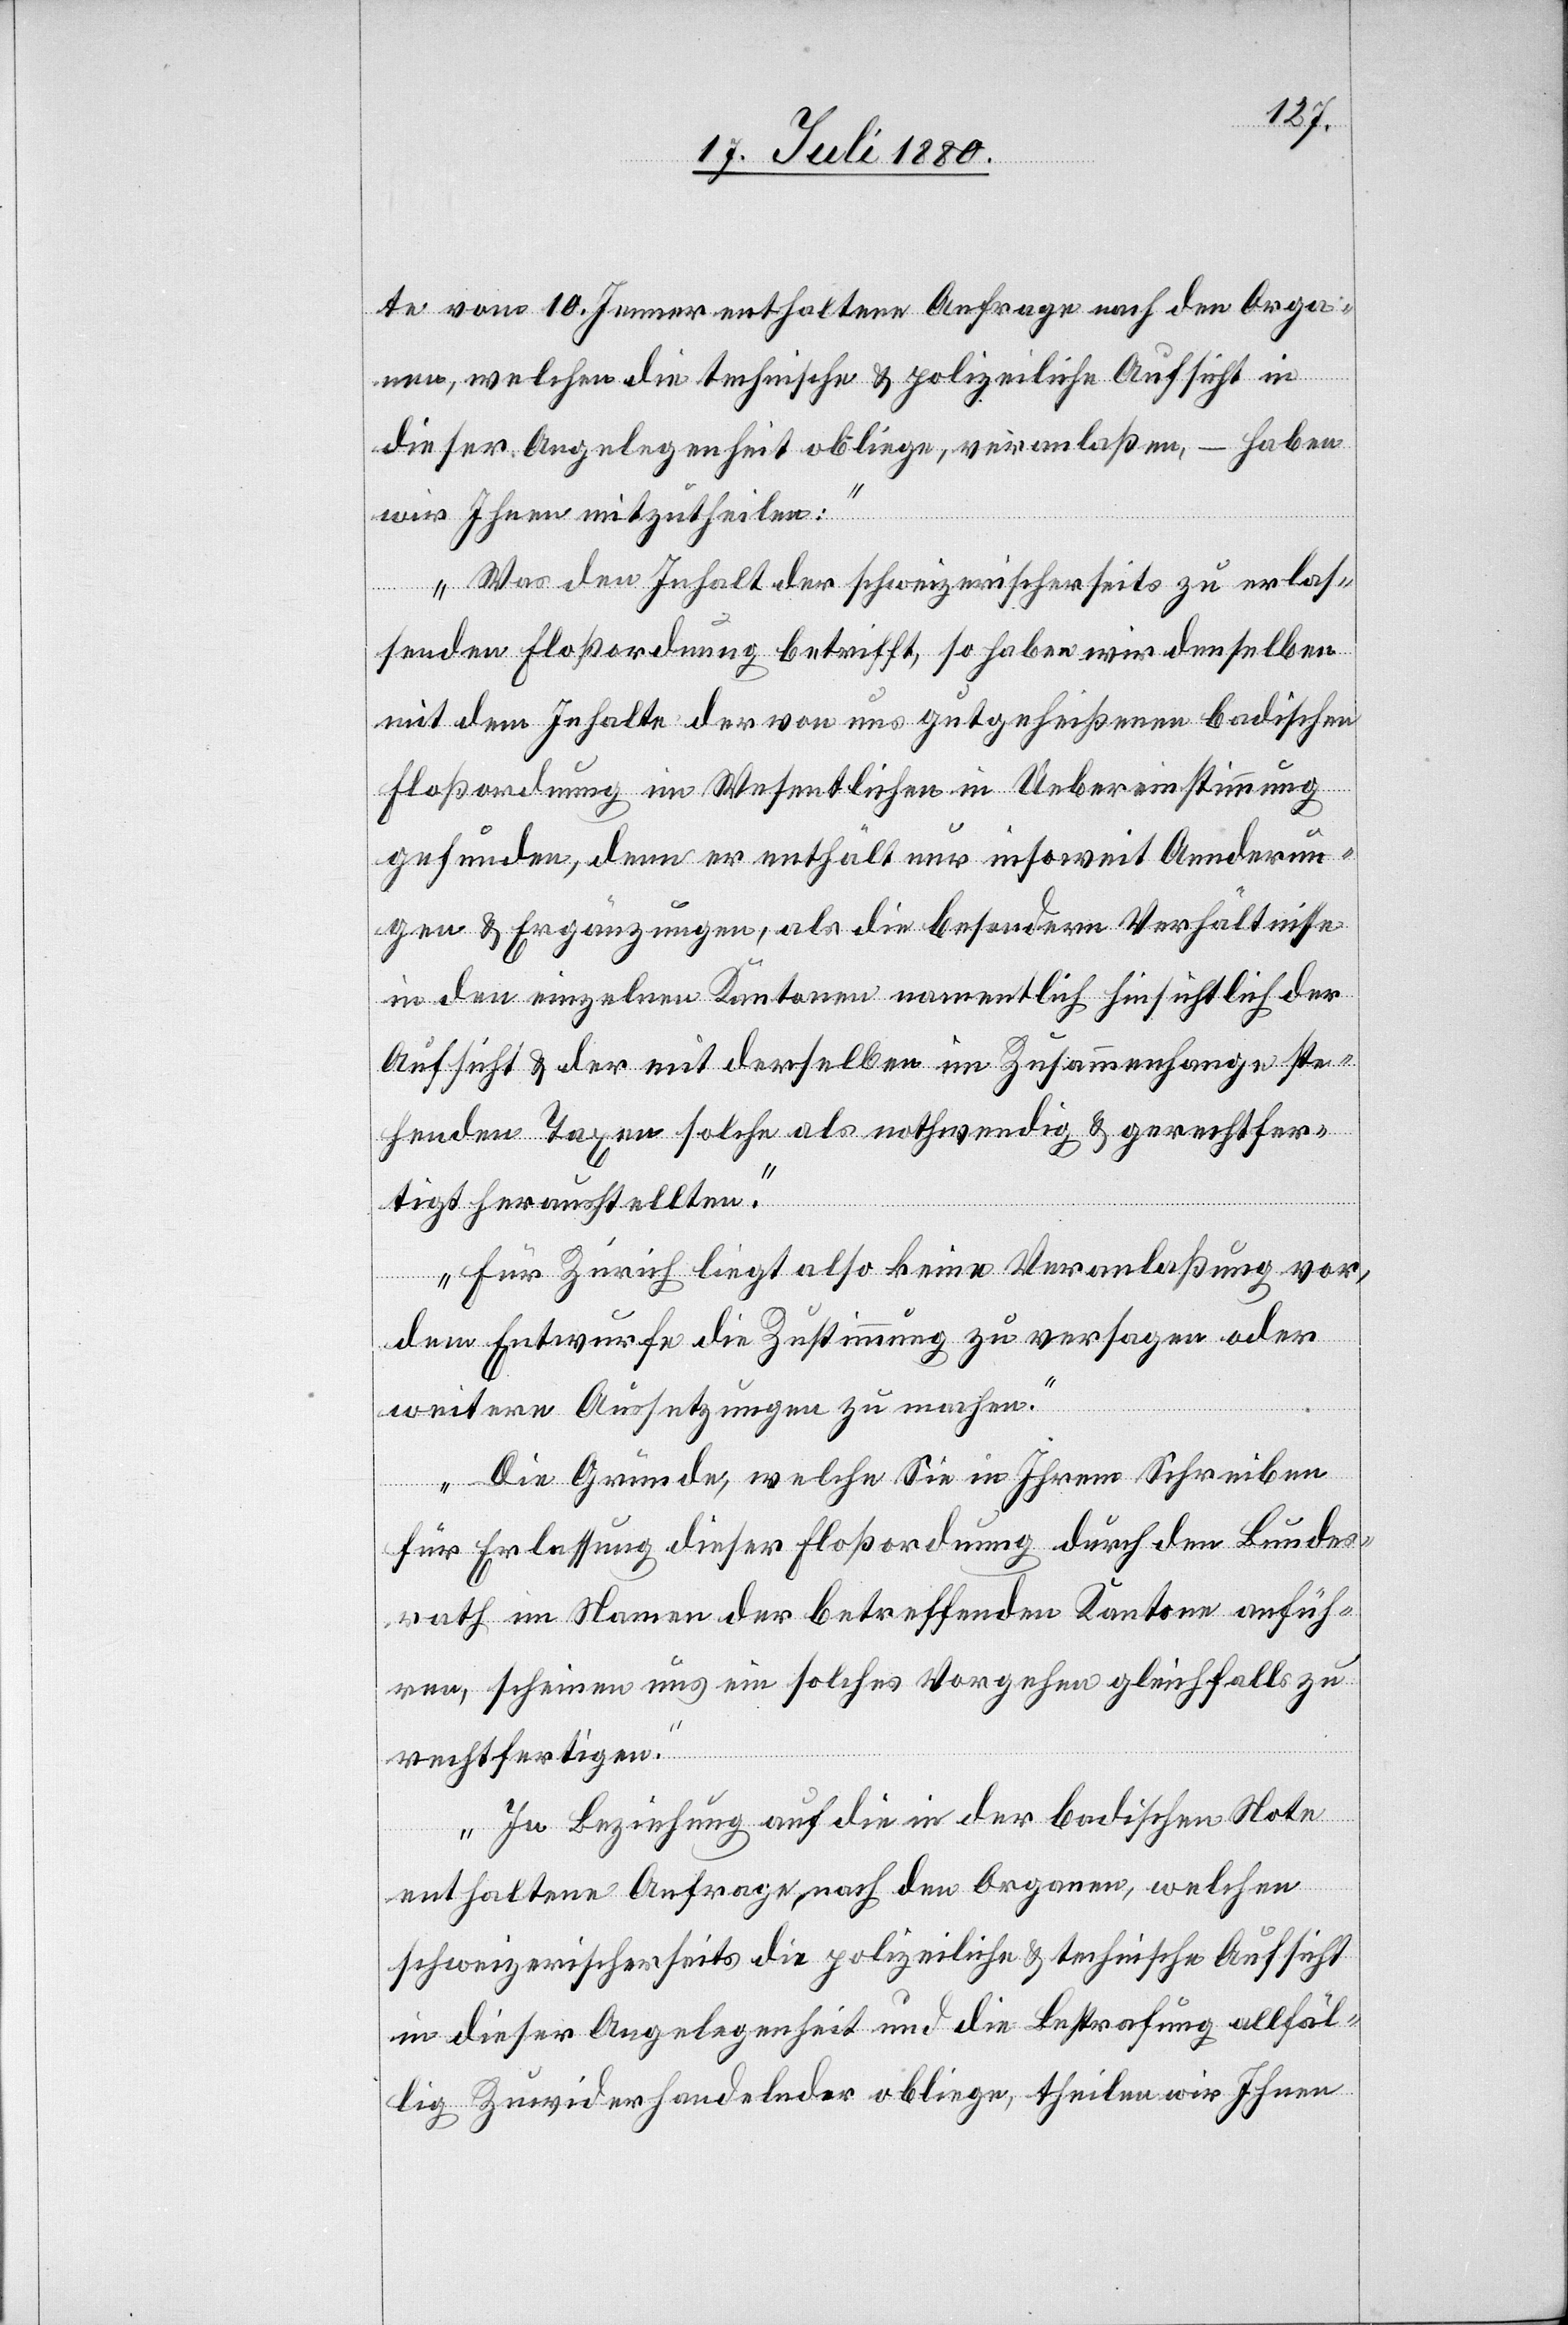
te vom 10. Jenner enthaltenen Anfrage nach den Orga¬
nen, welchen die technische & polizeiliche Aufsicht in
dieser Angelegenheit obliege, veranlaßen, haben
wir Ihnen mitzutheilen:
Was den Inhalt der schweizerischerseits zu erlas¬
senden Floßordnung betrifft, so haben wir denselben
mit dem Inhalte der von uns gutgeheißenen badischen
Floßordnung im Wesentlichen in Uebereinstimmung
gefunden, denn er enthält nur insoweit Aenderun¬
gen & Ergänzungen, als die besonderen Verhältnisse
in den einzelnen Kantonen namentlich hinsichtlich der
Aufsicht & der mit derselben im Zusammenhange ste¬
henden Taxen solche als nothwendig & gerechtfer¬
tigt herausstellten.
Für Zürich liegt also keine Veranlaßung vor,
dem Entwurfe die Zustimmung zu versagen oder
weitere Aussetzungen zu machen.
Die Gründe, welche Sie in Ihrem Schreiben
für Erlassung dieser Floßordnung durch den Bundes¬
rath im Namen der betreffenden Kantone anfüh¬
ren, scheinen uns ein solches Vorgehen gleichfalls zu
rechtfertigen.
In Beziehung auf die in der badischen Note
enthaltenen Anfrage, nach den Organen, welchen
schweizerischerseits die polizeiliche & technische Aufsicht
in dieser Angelegenheit und die Bestrafung allfäl¬
lig Zuwiderhandelnder obliege, theilen wir Ihnen